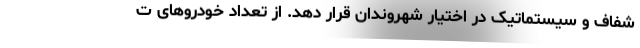
شفاف و سیستماتیک در اختیار شهروندان قرار دهد. از تعداد خودروهای ت